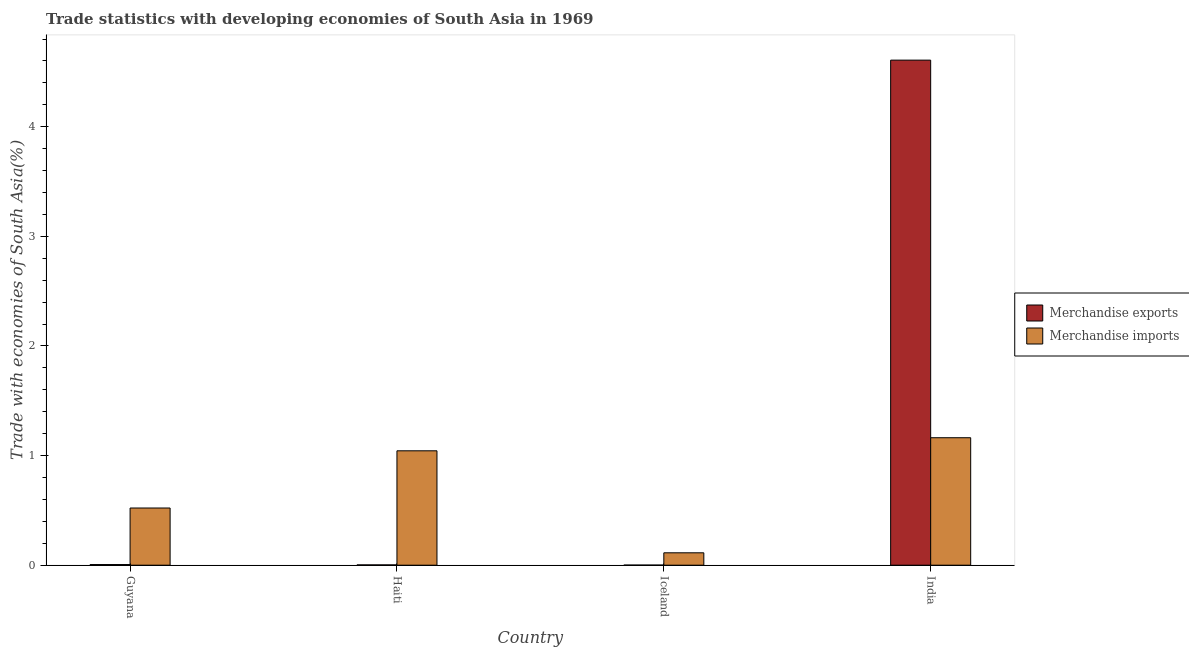
| Country | Merchandise exports | Merchandise imports |
 | --- | --- | --- |
 | Guyana | 0.00583 | 0.522 |
 | Haiti | 0.0027 | 1.04 |
 | Iceland | 0.000929 | 0.113 |
 | India | 4.61 | 1.16 |